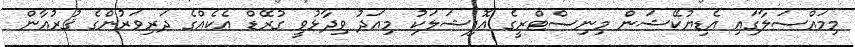
މިމައްސަލާގައި އެޑިޔުކޭޝަން މިނިސްޓްރީގެ އޮފިޝަލަކު މިއަދު ވިދާޅުވީ ގުރޭޑް އެކެއްގެ ދަރިވަރުންގެ ޤުރުއާން